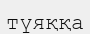
түяққа